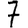
Digit: 7